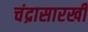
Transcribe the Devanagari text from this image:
चंद्रासारखी